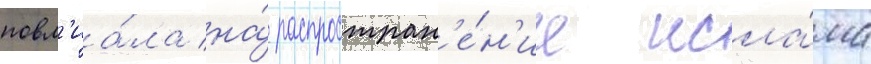
повл'иа́ла на́ распростран'е́н'ие исла́ма